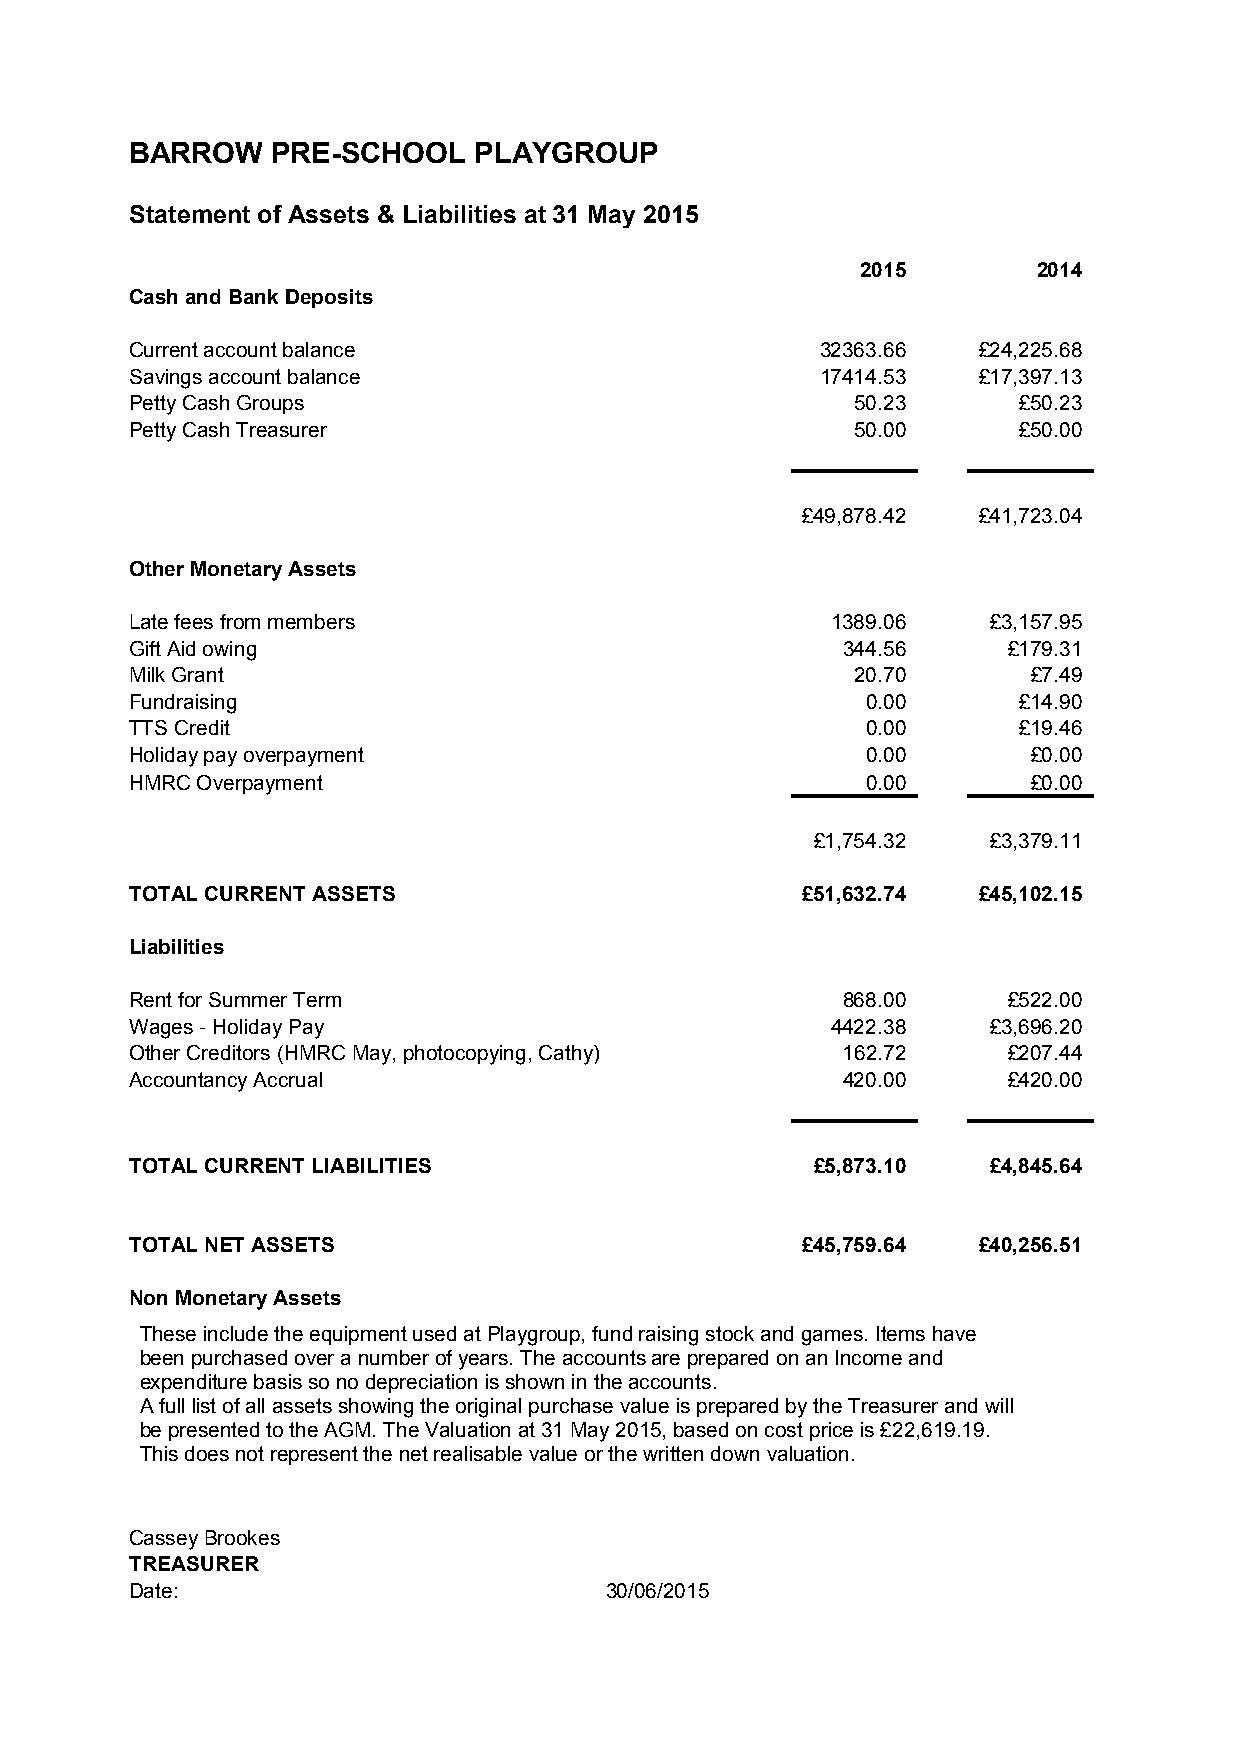
BARROW   PRE-SCHOOL   PLAYGROUP
 Statement of Assets & Liabilities at 31 May 2015
 2015        2014
 Cash and Bank Deposits
 Current account balance                      32363.66   £24,225.68
 Savings account balance                      17414.53   £17,397.13
 Petty Cash Groups                               50.23     £50.23
 Petty Cash Treasurer                            50.00     £50.00
 £49,878.42  £41,723.04
 Other Monetary Assets
 Late fees from members                        1389.06    £3,157.95
 Gift Aid owing                                 344.56     £179.31
 Milk Grant                                      20.70      £7.49
 Fundraising                                     0.00      £14.90
 TTS Credit                                      0.00      £19.46
 Holiday pay overpayment                         0.00       £0.00
 HMRC Overpayment                                0.00       £0.00
 £1,754.32   £3,379.11
 TOTAL CURRENT ASSETS                        £51,632.74  £45,102.15
 Liabilities
 Rent for Summer Term                           868.00     £522.00
 Wages - Holiday Pay                           4422.38    £3,696.20
 Other Creditors (HMRC May, photocopying, Cathy) 162.72    £207.44
 Accountancy Accrual                            420.00     £420.00
 TOTAL CURRENT LIABILITIES                    £5,873.10   £4,845.64
 TOTAL NET ASSETS                            £45,759.64  £40,256.51
 Non Monetary Assets
 These include the equipment used at Playgroup, fund raising stock and games. Items have
 been purchased over a number of years. The accounts are prepared on an Income and
 expenditure basis so no depreciation is shown in the accounts.
 A full list of all assets showing the original purchase value is prepared by the Treasurer and will
 be presented to the AGM. The Valuation at 31 May 2015, based on cost price is £22,619.19.
 This does not represent the net realisable value or the written down valuation.
 Cassey Brookes
 TREASURER
 Date:                          30/06/2015